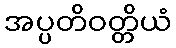
အပ္ပတိဝတ္တိယံ